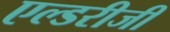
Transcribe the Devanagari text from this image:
एल्डरीजी